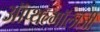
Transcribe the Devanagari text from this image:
ऑप्थल्मॉलॉजी